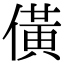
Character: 僙